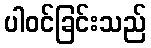
ပါဝင်ခြင်းသည်